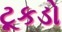
ટૂકડો